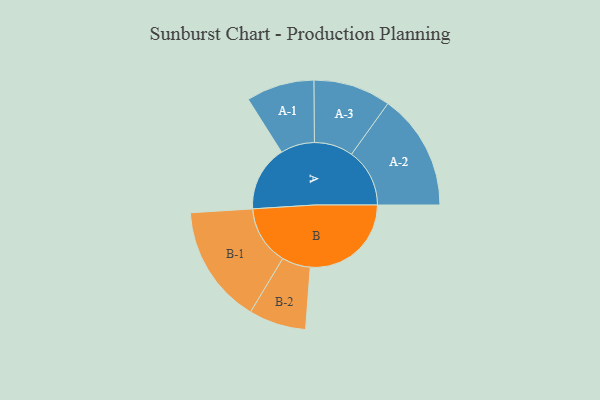
{"axis": {"x": "Segment", "y": "Value"}, "legend": ["", "A", "B"], "data": [{"x": "A", "y": 291, "type": ""}, {"x": "B", "y": 448, "type": ""}, {"x": "A-1", "y": 151, "type": "A"}, {"x": "A-2", "y": 258, "type": "A"}, {"x": "A-3", "y": 172, "type": "A"}, {"x": "B-1", "y": 263, "type": "B"}, {"x": "B-2", "y": 127, "type": "B"}]}